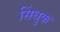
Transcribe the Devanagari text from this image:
सिंधुक